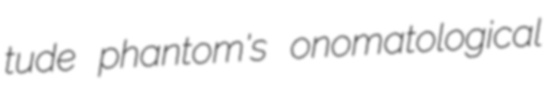
tude phantom's onomatological